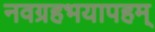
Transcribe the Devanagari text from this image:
नवग्रहभयापहम्